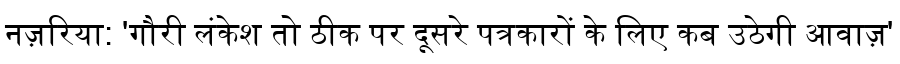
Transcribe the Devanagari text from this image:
नज़रिया: 'गौरी लंकेश तो ठीक पर दूसरे पत्रकारों के लिए कब उठेगी आवाज़'